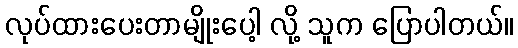
လုပ်ထားပေးတာမျိုးပေါ့ လို့ သူက ပြောပါတယ်။